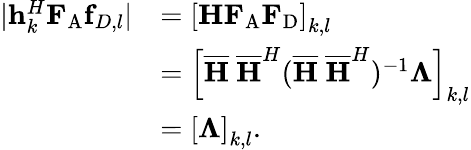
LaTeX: \begin{array}{rl}{|{\mathbf{h}}_{k}^{H}{\mathbf{F}}_{\mathrm{{A}}}{\mathbf{f}}_{D,l}|}&{=\left[{\mathbf{H}}{\mathbf{F}}_{\mathrm{A}}{\mathbf{F}}_{\mathrm{{D}}}\right]_{k,l}}\\ &{=\left[{\overline{{\mathbf{H}}}}\ {\overline{{\mathbf{H}}}}^{H}({\overline{{\mathbf{H}}}}\ {\overline{{\mathbf{H}}}}^{H})^{-1}{\mathbf{\Lambda}}\right]_{k,l}}\\ &{=\left[{\mathbf{\Lambda}}\right]_{k,l}.}\end{array}